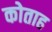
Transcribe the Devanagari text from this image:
कोताह